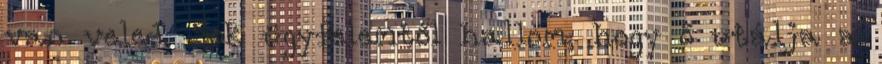
van veled. Sok ügyfelemtől hallom, hogy ő utálja a